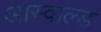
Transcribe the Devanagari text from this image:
आस्वाल्ड